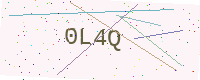
Text: 0L4Q